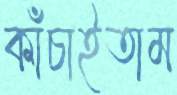
কাঁচাইতাম